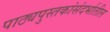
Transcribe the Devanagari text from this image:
पाठ्यपुस्तकांसंदर्भातील